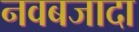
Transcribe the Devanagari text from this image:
नवबजादा